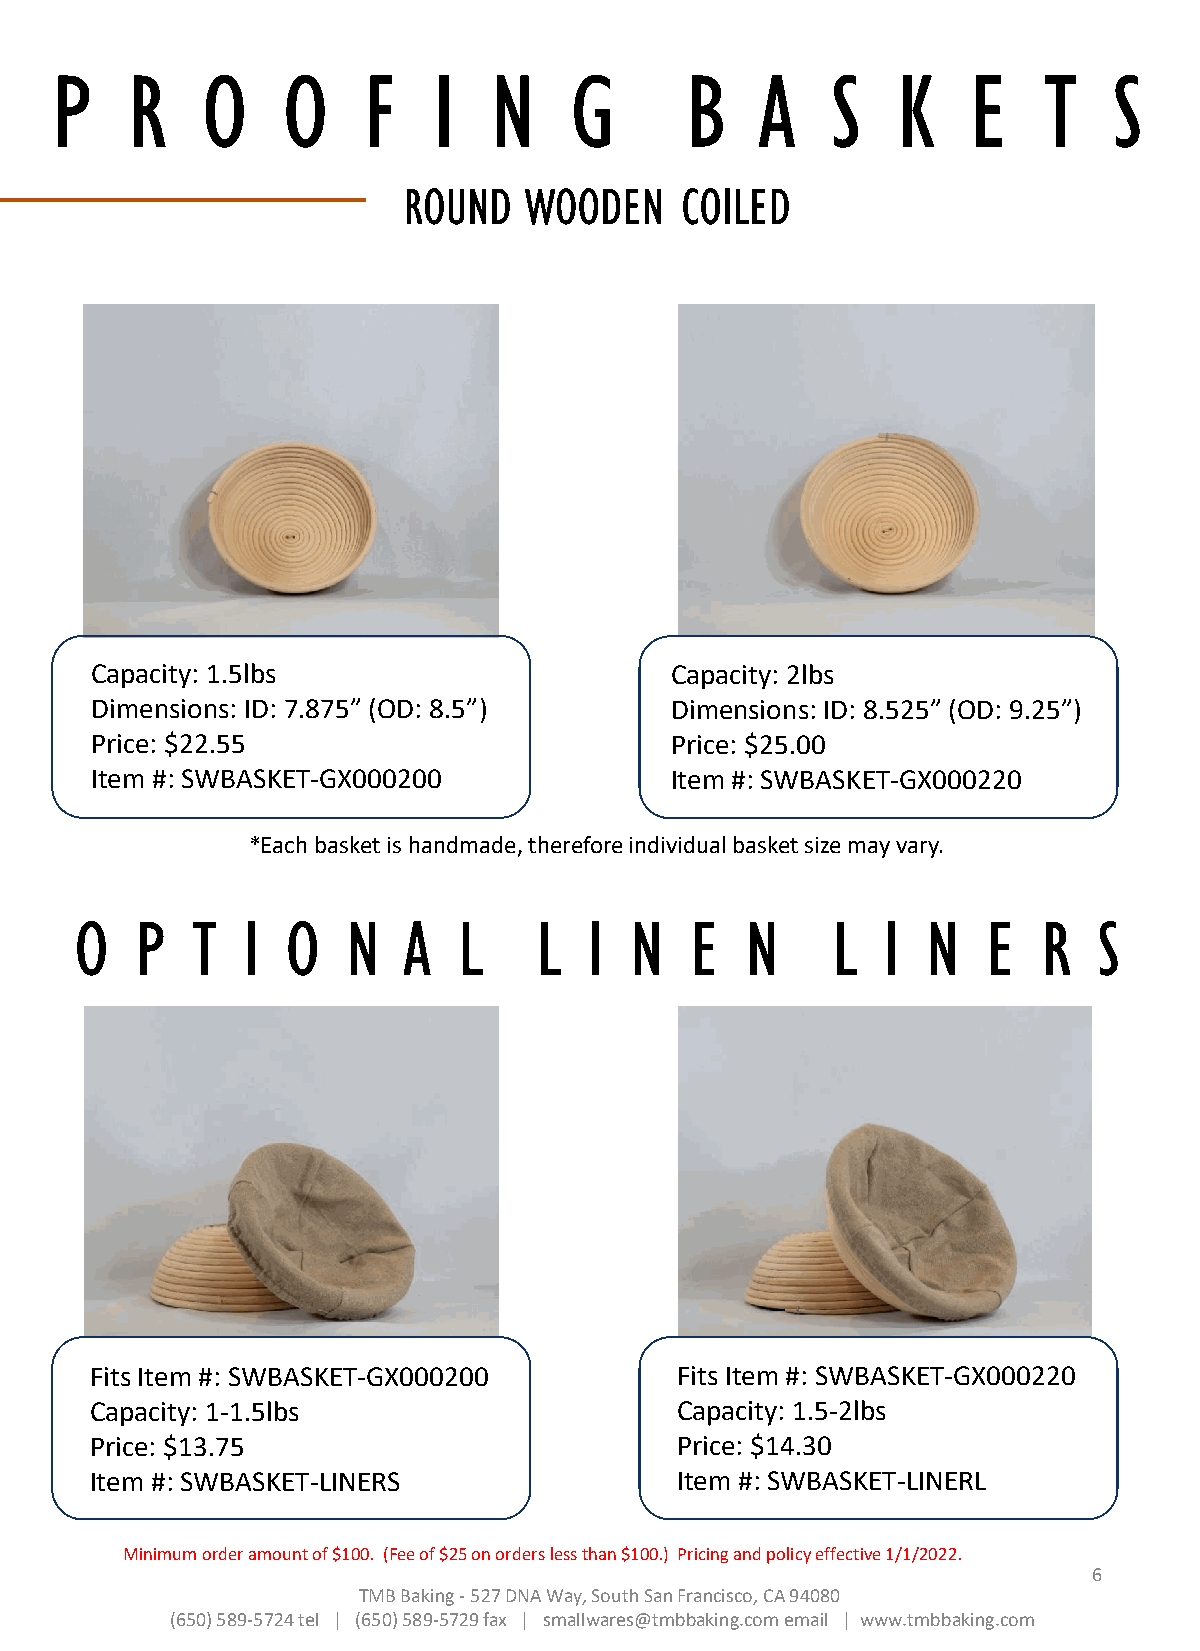
P    R    O     O    F    I  N     G      B    A    S   K    E    T    S
 ROUND   WOODEN    COILED
 Capacity: 1.5lbs                      Capacity: 2lbs
 Dimensions: ID: 7.875” (OD: 8.5”)     Dimensions: ID: 8.525” (OD: 9.25”)
 Price: $22.55                         Price: $25.00
 Item #: SWBASKET-GX000200             Item #: SWBASKET-GX000220
 *Each basket is handmade, therefore individual basket size may vary.
 O   P   T  I  O   N   A  L    L   I  N   E  N     L   I N   E   R   S
 Fits Item #: SWBASKET-GX000200         Fits Item #: SWBASKET-GX000220
 Capacity: 1-1.5lbs                     Capacity: 1.5-2lbs
 Price: $13.75                          Price: $14.30
 Item #: SWBASKET-LINERS                Item #: SWBASKET-LINERL
 Minimum order amount of $100. (Fee of $25 on orders less than $100.) Pricing and policy effective 1/1/2022.
 6
 TMB Baking -527 DNA Way, South San Francisco, CA 94080
 (650) 589-5724 tel | (650) 589-5729 fax | smallwares@tmbbaking.com email | www.tmbbaking.com